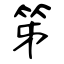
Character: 笫